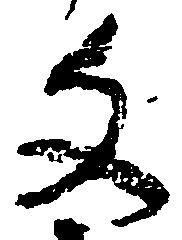
文